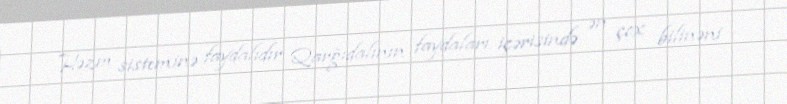
Həzm sisteminə faydalıdır Qarğıdalının faydaları içərisində ən çox bilinəni